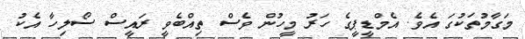
މަގާމުތަކުގަ އެވެ. އެމްޑީޕީގެ ހަރު މީހުން ވެސް ތިއްބެވީ ރައީސް ސޯލިހާ އެކު